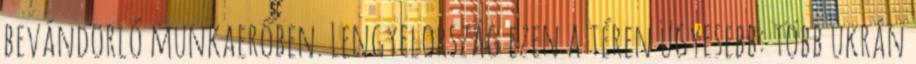
bevándorló munkaerőben. Lengyelország ezen a téren ügyesebb: több ukrán